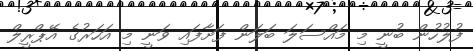
ފުލުހުން ބުނީ މި މައްސަލަ ބަލަން ފަށާފައި ވަނީ މި އަހަރުގެ އޭޕްރީލް